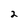
Character: 2